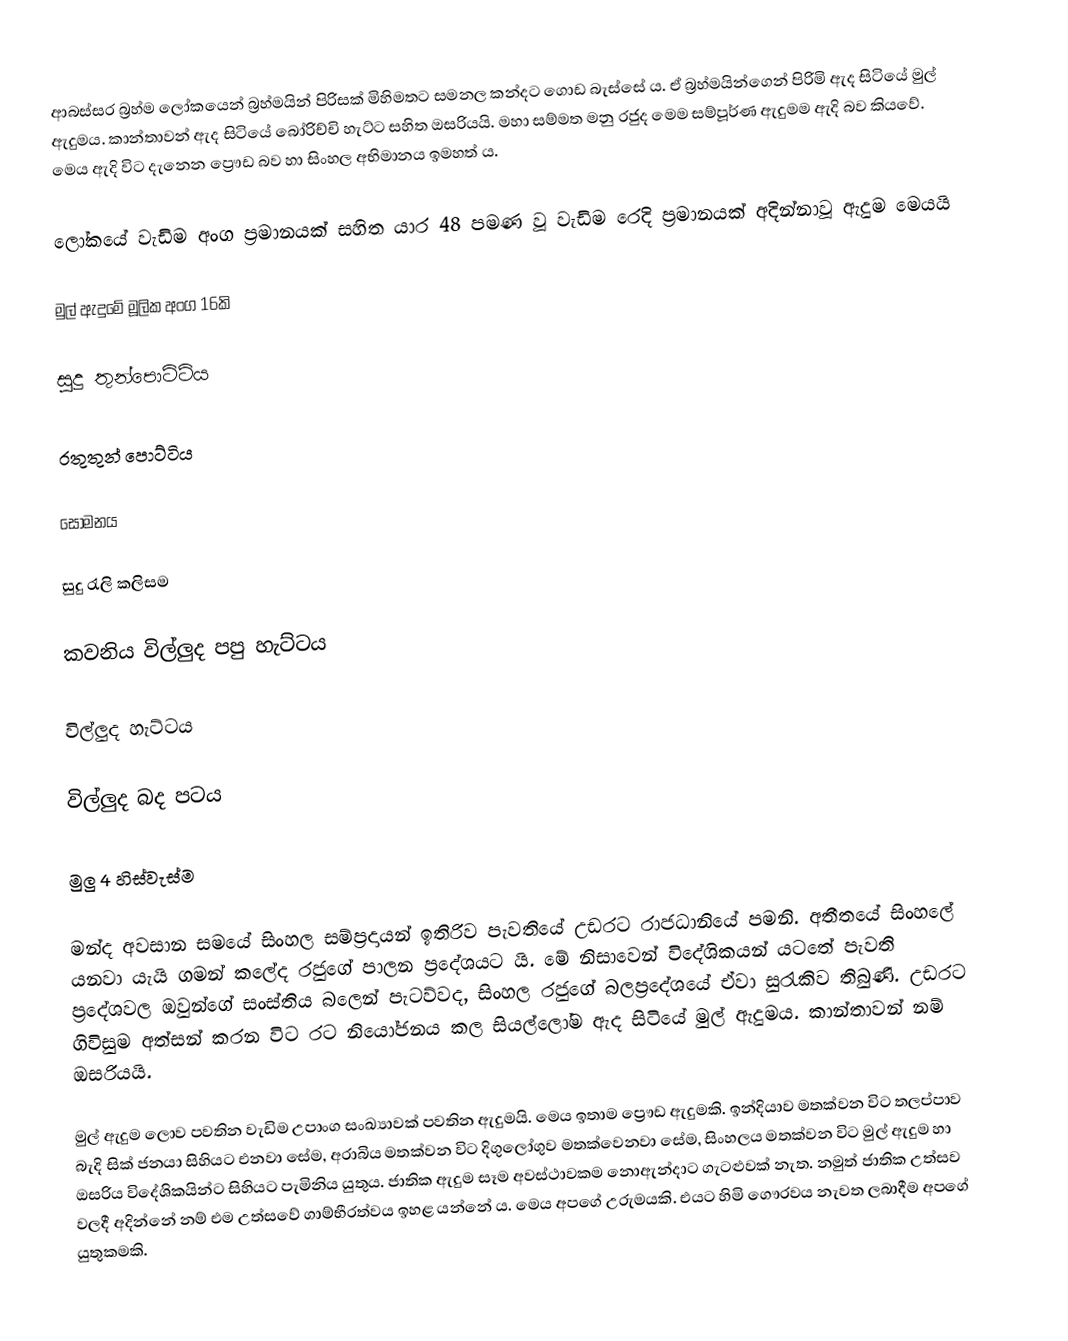
ආබස්සර බ්‍රහ්ම ලෝකයෙන් බ්‍රහ්මයින් පිරිසක් මිහිමතට සමනල කන්දට ගොඩ බැස්සේ ය. ඒ  බ්‍රහ්මයින්ගෙන් පිරිමි ඇද සිටියේ මුල් ඇදුමය. කාන්තාවන් ඇද සිටියේ බෝරිච්චි හැට්ට සහිත ඔසරියයි. මහා සම්මත මනු රජුද මෙම සම්පූර්ණ ඇදුමම ඇදි බව කියවේ. මෙය ඇදි විට දැනෙන ප්‍රෞඩ බව හා සිංහල අභිමානය ඉමහත් ය.

ලෝකයේ වැඩිම අංග ප්‍රමානයක් සහිත යාර 48 පමණ වූ වැඩිම රෙදි ප්‍රමානයක් අදින්නාවූ ඇදුම මෙයයි

මුල් ඇදුමේ මූලික අංග 16කි

සුදු තුන්පොට්ටිය

රතුතුන් පොට්ටිය

සොමනය

සුදු රැලි කලිසම

කවනිය විල්ලුද පපු හැට්ටය

විල්ලුද හැට්ටය

විල්ලුද බද පටය

මුලු 4 හිස්වැස්ම

මන්ද අවසාන සමයේ සිංහල සම්ප්‍රදායන් ඉතිරිව පැවතියේ උඩරට රාජධානියේ පමනි. අතීතයේ සිංහලේ යනවා යැයි ගමන් කලේද රජුගේ පාලන ප්‍රදේශයට යි. මේ නිසාවෙන් විදේශිකයන් යටතේ පැවති ප්‍රදේශවල ඔවුන්ගේ සංස්තිය බලෙන් පැටව්වද, සිංහල රජුගේ බලප්‍රදේශයේ ඒවා සුරැකිව තිබුණි. උඩරට ගිවිසුම අත්සන් කරන විට රට නියෝජනය කල සියල්ලෝම ඇද සිටියේ මුල් ඇදුමය. කාන්තාවන් නම් ඔසරියයි. 

මුල් ඇදුම ලොව පවතින වැඩිම උපාංග සංඛ්‍යාවක් පවතින ඇදුමයි. මෙය ඉතාම ප්‍රෞඩ ඇදුමකි. ඉන්දියාව මතක්වන විට තලප්පාව බැදි සික් ජනයා සිහියට එනවා සේම, අරාබිය මතක්වන විට දිගුලෝගුව මතක්වෙනවා සේම, සිංහලය මතක්වන විට මුල් ඇදුම හා ඔසරිය විදේශිකයින්ට සිහියට පැමිනිය යුතුය. ජාතික ඇදුම සෑම අවස්ථාවකම නොඇන්දාට ගැටළුවක් නැත. නමුත් ජාතික උත්සව වලදී අදින්නේ නම් එම උත්සවේ ගාම්භීරත්වය ඉහළ යන්නේ ය. මෙය අපගේ උරුමයකි. එයට හිමි ගෞරවය නැවත ලබාදීම අපගේ යුතුකමකි.